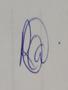
Signature authenticity: genuine